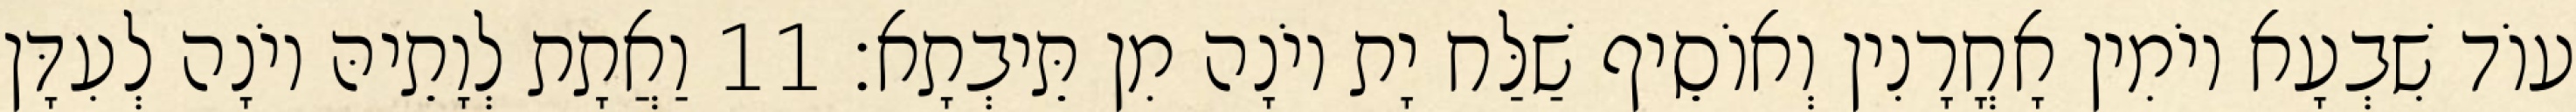
עוֹד שִׁבְעָא יוֹמִין אָחֳרָנִין וְאוֹסֵיף שַׁלַּח יָת יוֹנָה מִן תֵּיבְתָא׃ 11 וַאֲתָת לְוָתֵיהּ יוֹנָה לְעִדָּן